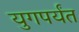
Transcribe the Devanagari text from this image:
युगपर्यंत